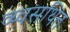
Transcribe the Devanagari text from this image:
व्य्वसथित